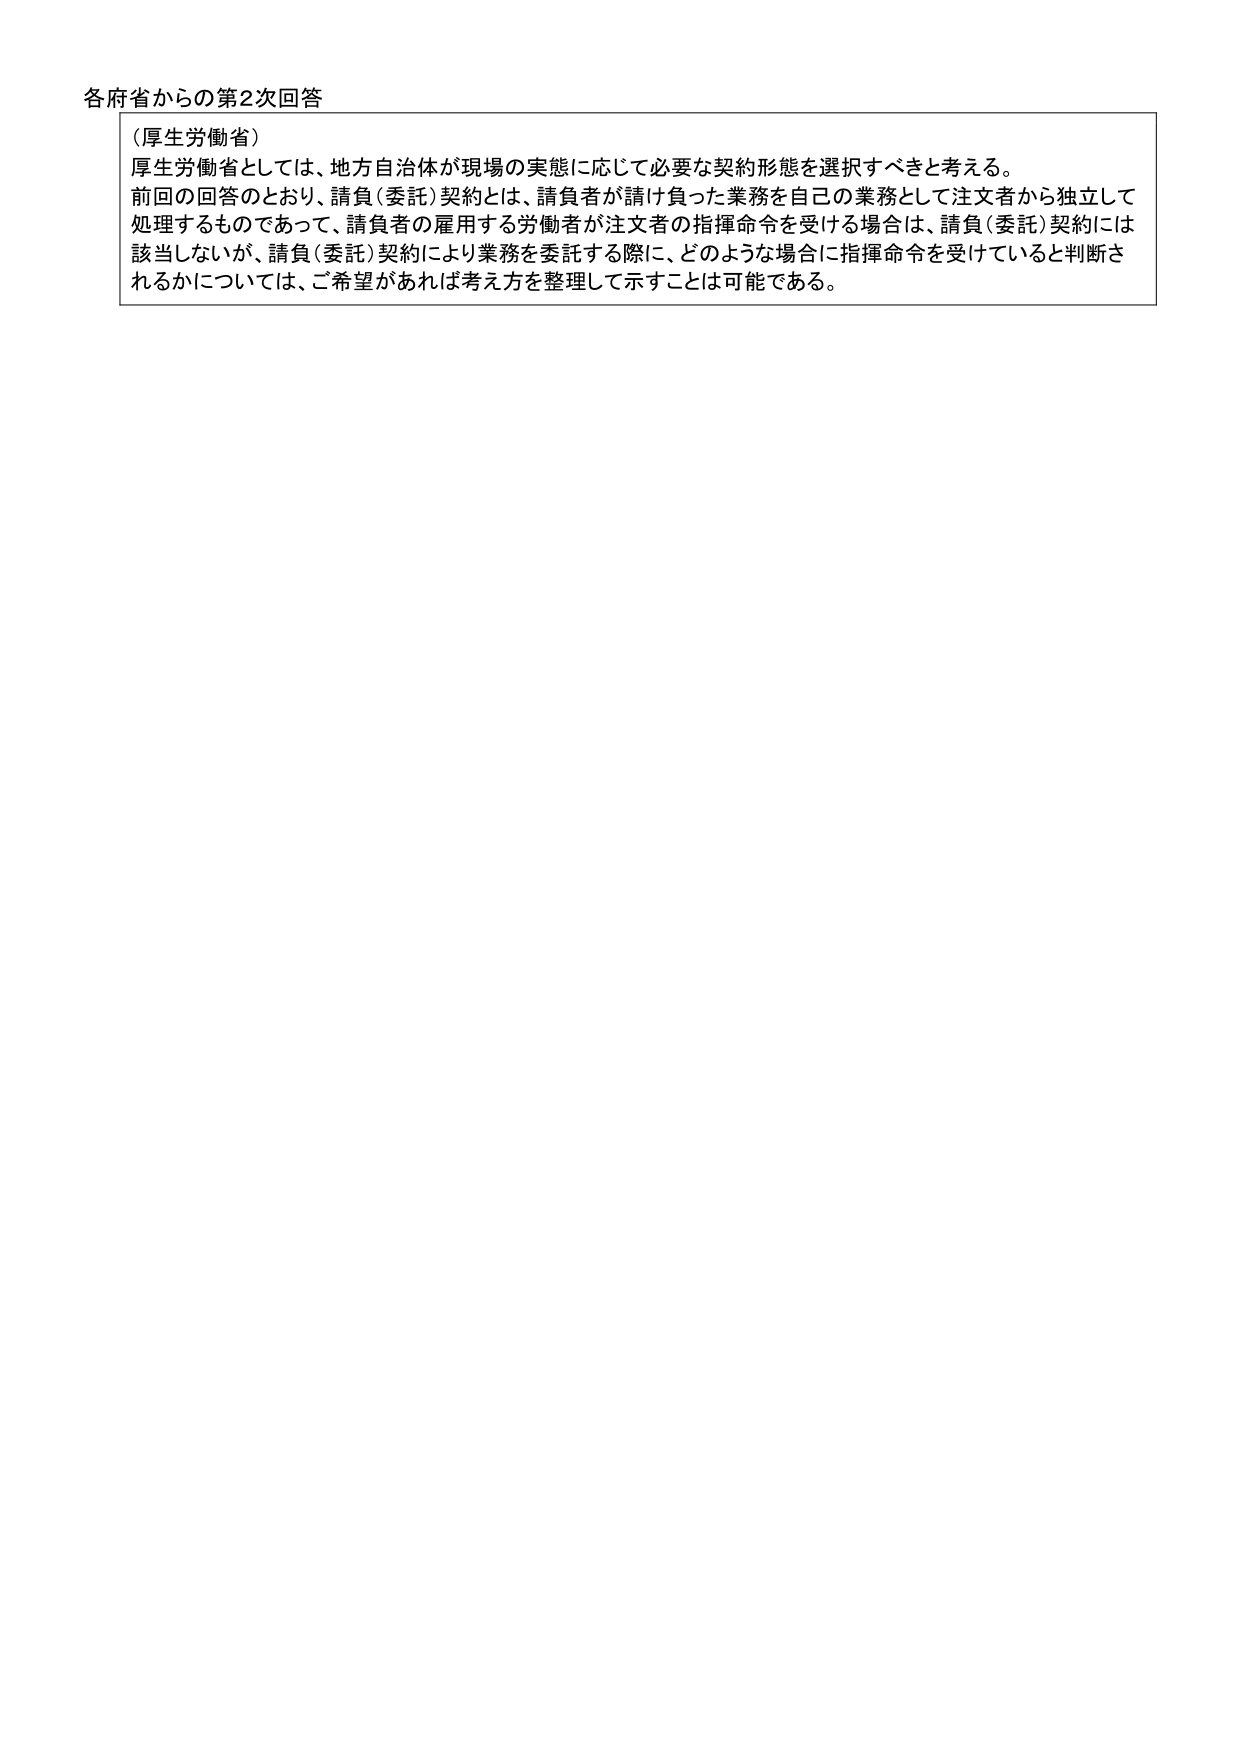
各府省からの第2次回答
（厚生労働省）
厚生労働省としては、地方自治体が現場の実態に応じて必要な契約形態を選択すべきと考える。
前回の回答のとおり、請負（委託）契約とは、請負者が請け負った業務を自己の業務として注文者から独立して
処理するものであって、請負者の雇用する労働者が注文者の指揮命令を受ける場合は、請負（委託）契約には
該当しないが、請負（委託）契約により業務を委託する際に、どのような場合に指揮命令を受けていると判断さ
れるかについては、ご希望があれば考え方を整理して示すことは可能である。